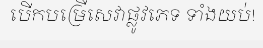
បើកបម្រើសេវាផ្លូវភេទ ទាំងយប់!